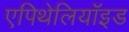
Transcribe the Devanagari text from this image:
एपिथेलियॉइड